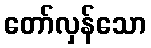
တော်လှန်သော